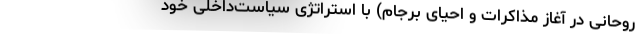
روحانی در آغاز مذاکرات و احیای برجام) با استراتژی سیاست‌داخلی خود